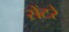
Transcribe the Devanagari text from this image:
सेंटरे